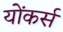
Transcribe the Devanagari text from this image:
योंकर्स